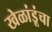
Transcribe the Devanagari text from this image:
खेळांडूंचा